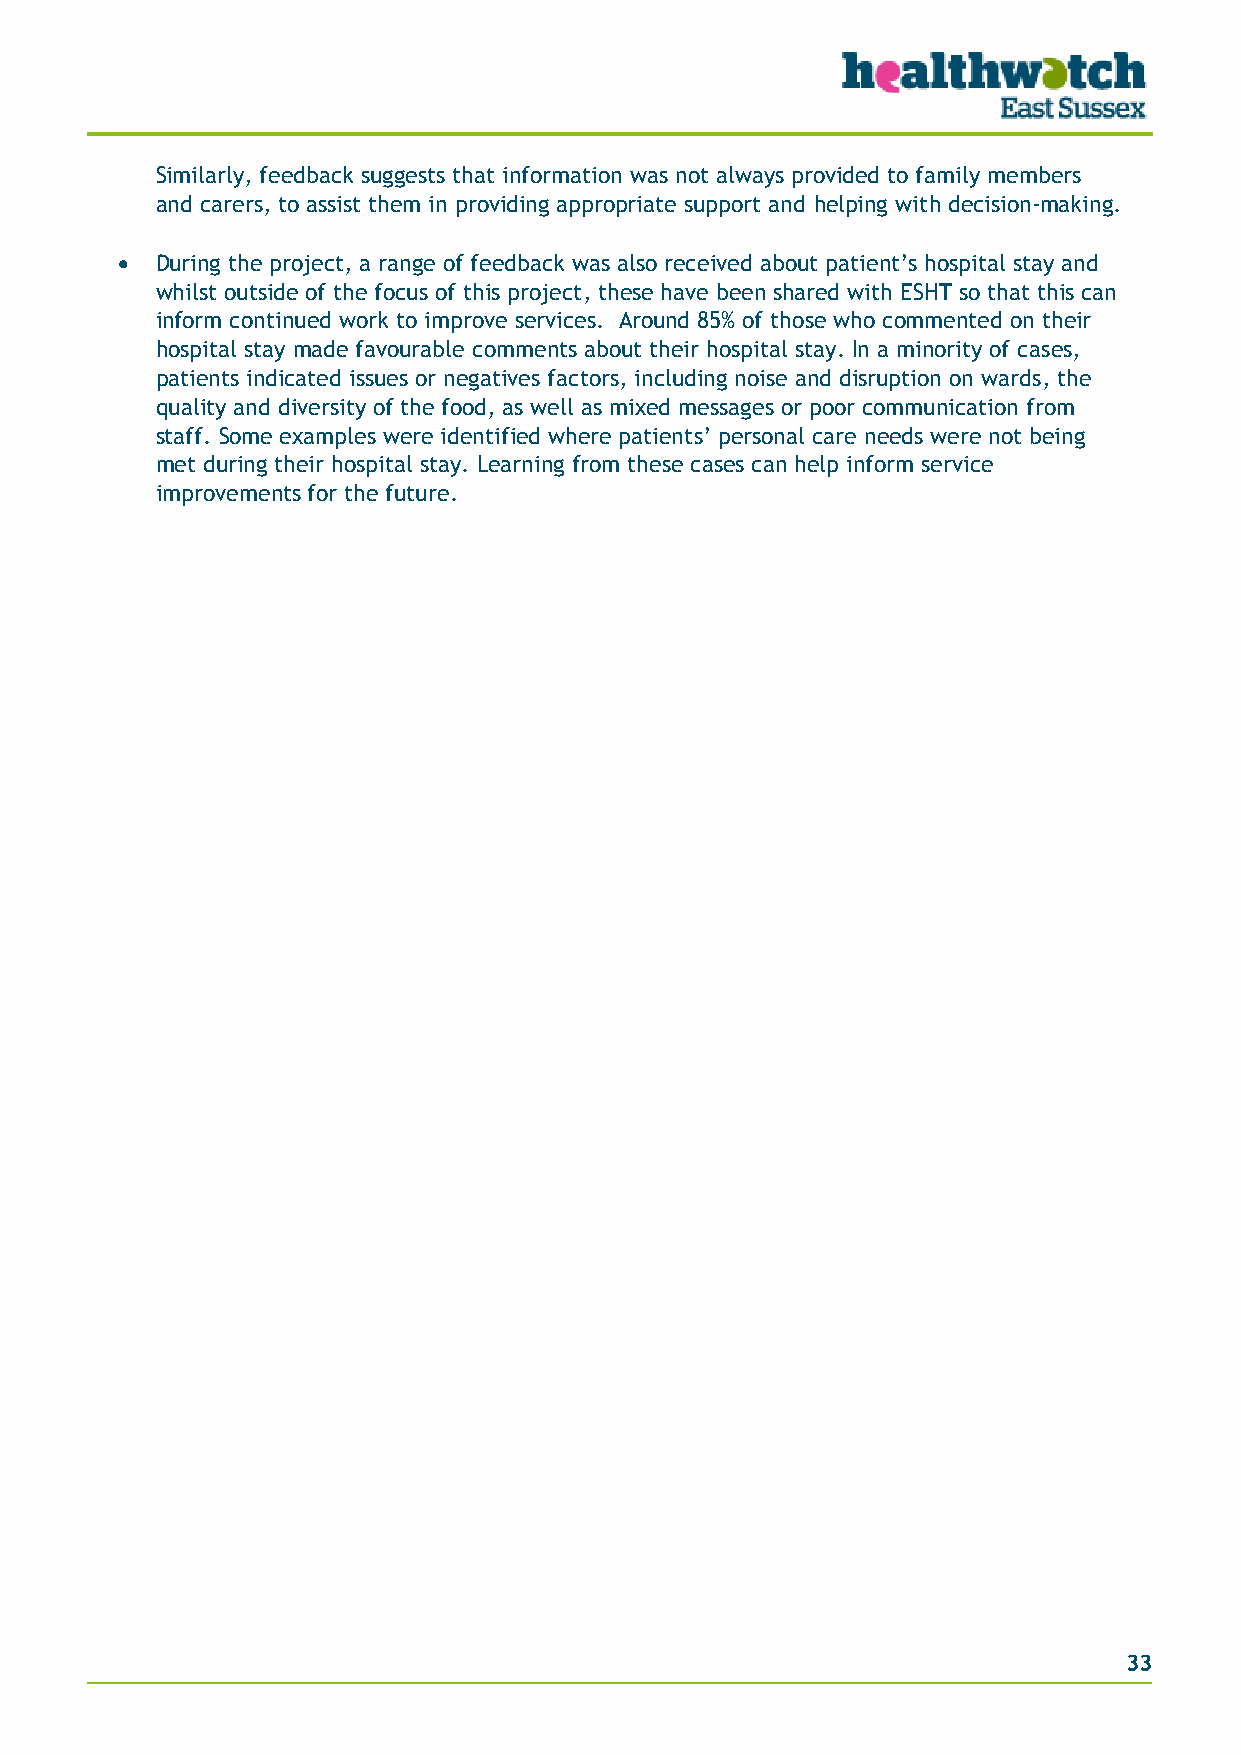
Similarly, feedback suggests that information was not always provided to family members
 and carers, to assist them in providing appropriate support and helping with decision-making.
 • During the project, a range of feedback was also received about patient’s hospital stay and
 whilst outside of the focus of this project, these have been shared with ESHT so that this can
 inform continued work to improve services. Around 85% of those who commented on their
 hospital stay made favourable comments about their hospital stay. In a minority of cases,
 patients indicated issues or negatives factors, including noise and disruption on wards, the
 quality and diversity of the food, as well as mixed messages or poor communication from
 staff. Some examples were identified where patients’ personal care needs were not being
 met during their hospital stay. Learning from these cases can help inform service
 improvements for the future.
 33